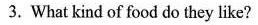
3. What kind of food do they like?